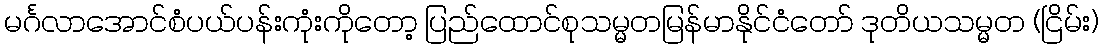
မင်္ဂလာအောင်စံပယ်ပန်းကုံးကိုတော့ ပြည်ထောင်စုသမ္မတမြန်မာနိုင်ငံတော် ဒုတိယသမ္မတ (ငြိမ်း)